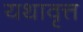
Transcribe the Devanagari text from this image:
यथावृत्त